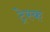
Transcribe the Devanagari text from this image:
ट्रेस्क